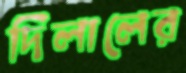
দিলালের